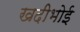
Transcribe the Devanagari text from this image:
खदीभोई